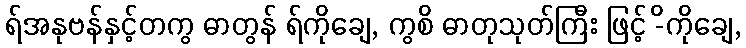
ရ်အနုဗန်နှင့်တကွ ဓာတွန် ရ်ကိုချေ, ကွစိ ဓာတုသုတ်ကြီး ဖြင့် -ိကိုချေ,